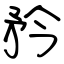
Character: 矜